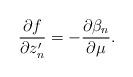
LaTeX: \begin{align*}\frac{\partial f}{\partial z'_n} = -\frac{\partial\beta_n }{\partial\mu}.\end{align*}